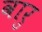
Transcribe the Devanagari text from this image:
वारु